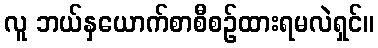
လူ ဘယ်နှယောက်စာစီစဉ်ထားရမလဲရှင်။